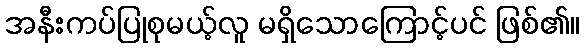
အနီးကပ်ပြုစုမယ့်လူ မရှိသောကြောင့်ပင် ဖြစ်၏။